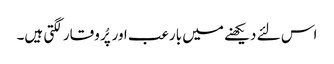
اس لئے دیکھنے میں بارعب اور پُر وقار لگتی ہیں۔